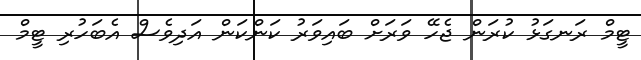
ޓީމް ރަނގަޅު ކުރަން ޖެހޭ ވަރަށް ބައިވަރު ކަންކަން އަދިވެސް އެބަހުރި ޓީމް